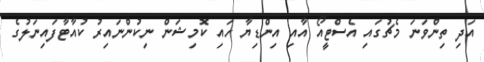
އަދި ތިންވަނަ މެޗުގައި އެސްޓީއޯ އާއި އިންޑިޔާ ހައި ކޮމިޝަން ނިކުންނައިރު ކުއާޓާފައިނަލުގެ